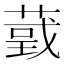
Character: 𦸴